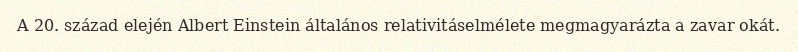
A 20. század elején Albert Einstein általános relativitáselmélete megmagyarázta a zavar okát.